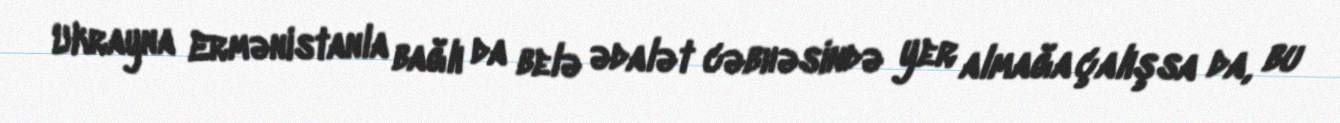
Ukrayna Ermənistanla bağlı da belə ədalət cəbhəsində yer almağa çalışsa da, bu